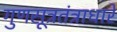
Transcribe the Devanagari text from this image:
गुणसूत्रतंत्राधारे